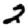
Digit: 2